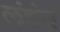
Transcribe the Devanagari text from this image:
लंडंन